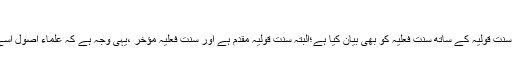
(الاحزاب:۲۱)
اس لیے علماء اصول نے سنت قولیہ کے ساتھ سنت فعلیہ کو بھی بیان کیا ہے؛البتہ سنت قولیہ مقدم ہے اور سنت فعلیہ مؤخر ،یہی وجہ ہے کہ علماء اصول اسے ملحق بالسنۃ کہتے ہیں۔